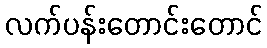
လက်ပန်းတောင်းတောင်